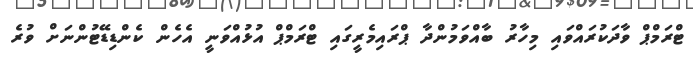
ޓްރަމްޕް ވާދަކުރައްވައި މިހާރު ބާއްވަމުންދާ ޕްރައިމެރީގައި ޓްރަމްޕް އުޅުއްވަނީ އެހެން ކެންޑިޑޭޓުންނަށް ވުރެ